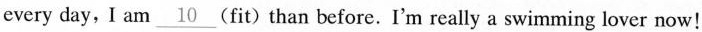
every day, I am\underline{10} (fit) than before. I'm really a swimming lover now!